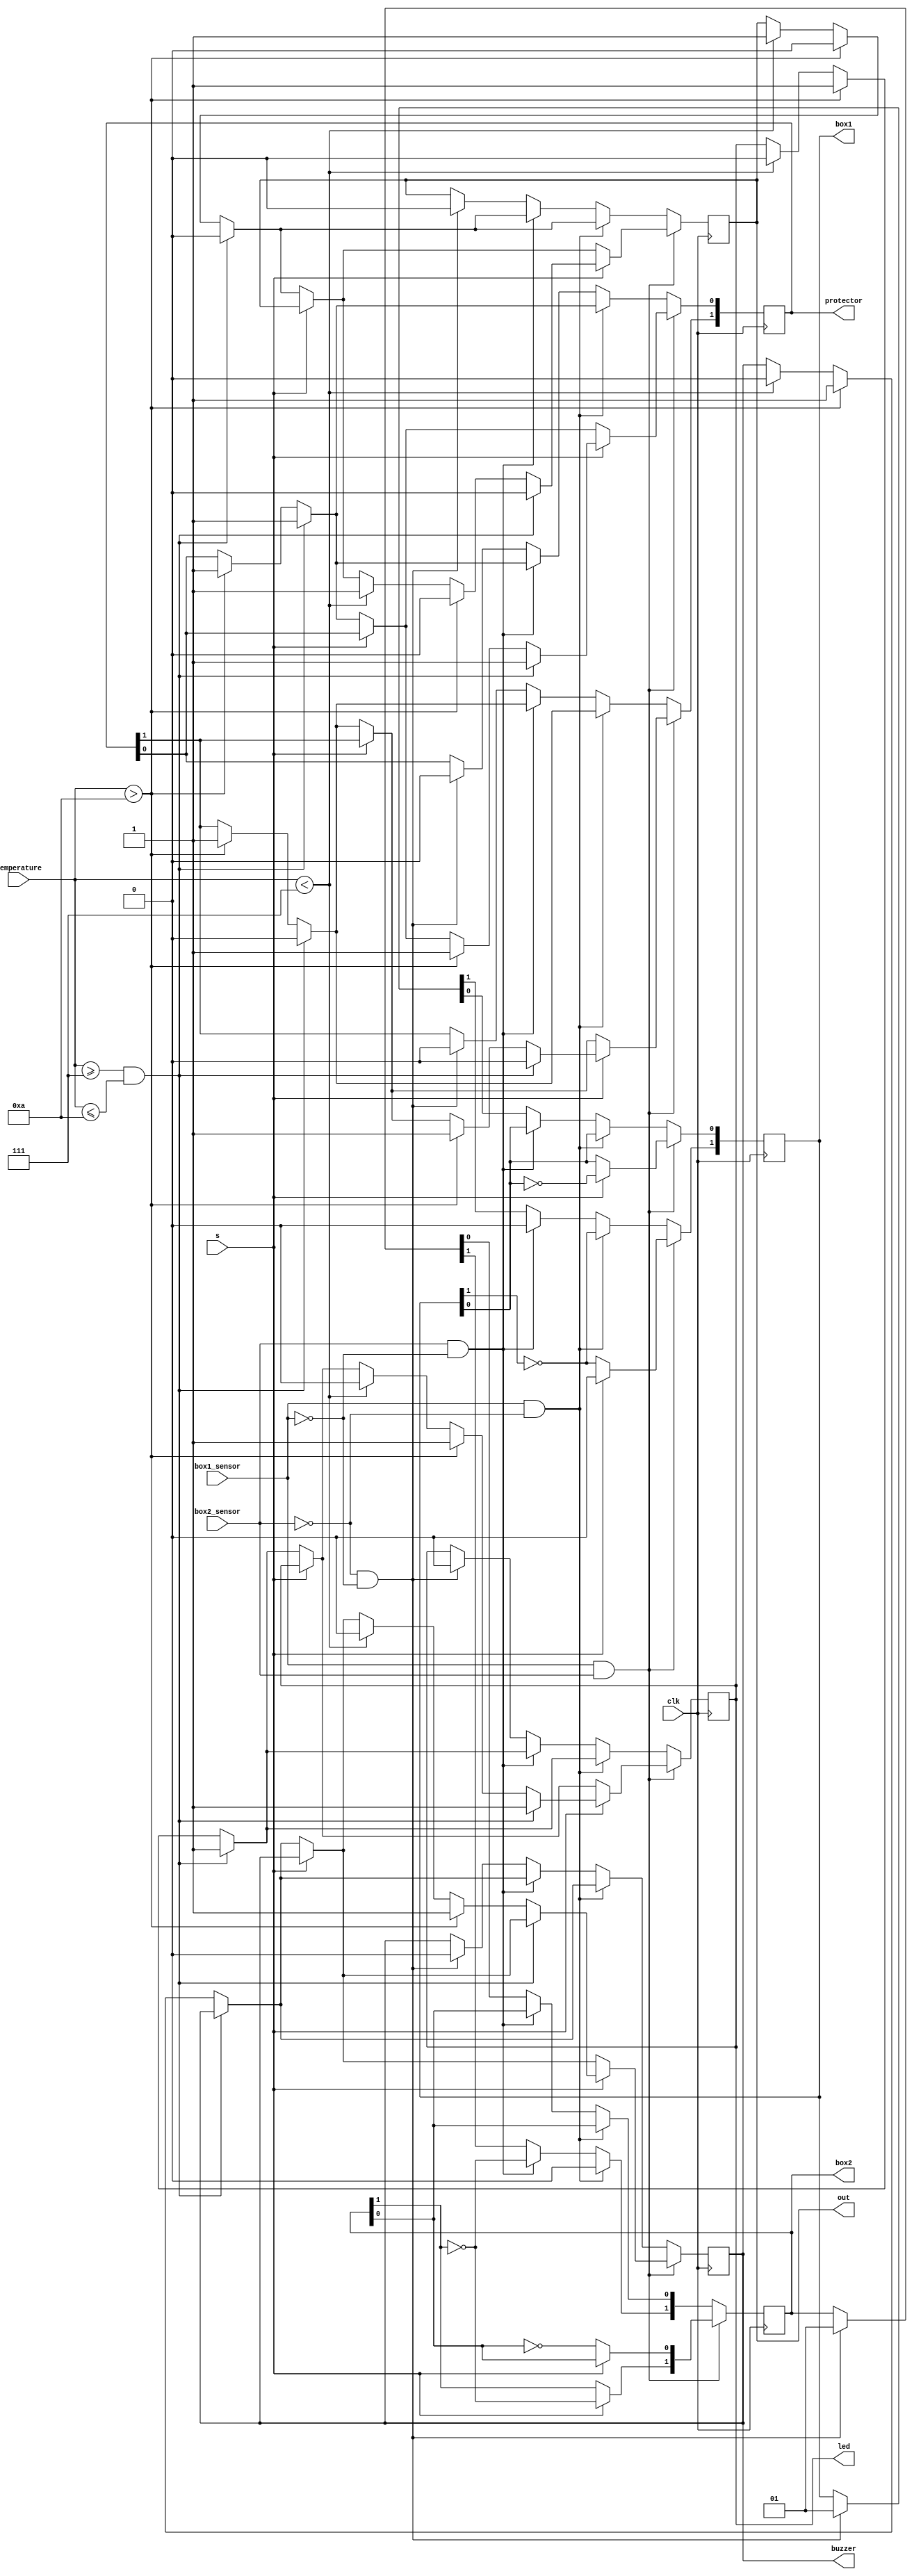
`timescale 1ns / 1ps

module recycling(clk,s,box1,box2,box1_sensor,box2_sensor,protector,temperature,led,buzzer,out);
    input clk; // clock cycle for control the sistem with time
    input s; //control input for multiplexer which is for choicing boxes.
    input box1_sensor, box2_sensor; //  The sensor is used to understand whether the container is full, if the sensor data is 1, the lower cover is opened, 
    //if it is equal to 0, the upper cover is opened.
    output reg [1:0] box1,box2;// every outside box(container) has 2 covers as under and upper.
    input [3:0] temperature;   //temperature sensor 
    reg  cauldron=0; // where the heat treatment is carried out, not output or input.
    output reg[1:0] protector; // cold water bottom protector used to cool the boiler.
    output reg out;     // output cap(kapak) to send the heated substance to the relevant place.
    output reg led;     // controling the temperature.
    output reg buzzer;  // another controling the high temperature.  
    initial begin
    box1=2'b01; // upper cap is open
    box2=2'b01; //upper cap is open
    protector=2'b00;
    out=0;
    led=0;
    buzzer=0;
    end
    
    always @(posedge clk)
    begin
    if(((box1_sensor==1))&&((box2_sensor==1)))
    begin
        box1[0]=~box1[0];
        box2[0]=~box2[0]; 
        
        if(s==0)
        begin
            box1[1]<=1; // bottom cap open
            box2[1]<=0; // bottom cap 
            cauldron<=1;
            // withnin 10 minutes 
            if((temperature >= 7) & (temperature <= 10))    //temperature >= 200 & temperature <= 400
            begin
                led <=1;
                protector[0] <=1; // air condition is satisfying
                protector[1] <=0;
                out <=0; 
            end
            else if(temperature >10)
            begin
                led <=1;
                buzzer <=1;         
                protector[0] <= 1;      
                protector[1] <=1;       // woter condition is satisfying
                out <=0;
            end
            else if(temperature <7)
            begin
                led=0;
                buzzer=0;
                out=1;      // cycle is completed.
                cauldron <=0;
            end
            box1[1]=~box1[1];
            box1[0]=~box1[0];                      
        end
        
        if(s==1)
        begin
            box1[1]<=0;  //box1 is close.
            box2[1]<=1; //box2 is open.
            cauldron<=1;
            // withnin 10 minutes 
            if((temperature >= 7) & (temperature <= 10))
            begin
                led <=1;
                protector[0] <= 1;  //air condition is satisfying.
                protector[1] <= 0;
                out <=0;
            end
            else if(temperature > 10)
            begin
                led <=1;
                buzzer <=1;
                protector[0] <= 1;      //woter condition is satisfying 
                protector[1] <=1;
                out <=0;
            end
            else if(temperature < 7)
            begin
                led=0;
                buzzer=0;
                out=1;
                cauldron <=0;
            end
            box2[1]=~box2[1];
            box2[0]=~box2[0];             
        end
      end
     
      else if((box1_sensor==1) && (box2_sensor==0))
      begin
            box1[1]<=1; // bottom cap open
            box1[0]=~box1[0]; //upper cap close
            box2[1]<=0; // bottom cap 
            cauldron<=1;
            // withnin 10 minutes 
            if((temperature >= 7) & (temperature <= 10))
            begin
                led <=1;
                protector[0] <=1; // air condition is satisfying
                protector[1] <=0;
                out <=0; 
            end
            else if(temperature > 10)
            begin
                led <=1;
                buzzer <=1;         
                protector[0] <= 1;      
                protector[1] <=1;       // woter condition is satisfying
                out <=0;
            end
            else if(temperature < 7)
            begin
                led=0;
                buzzer=0;
                out=1;      // cycle is completed.
                cauldron <=0;
            end
            box1[1]=~box1[1];
            box1[0]=~box1[0];          
      end
      
      else if((box2_sensor==1) && (box1_sensor==0))
      begin
            box1[1]<=0;  //box1 is close.
            box2[1]<=1; //box2 is open.
            box2[0]=~box2[0];
            cauldron<=1;
            // withnin 10 minutes 
            if((temperature >= 7) & (temperature <= 10))
            begin
                led <=1;
                protector[0] <= 1;  //air condition is satisfying.
                protector[1] <= 0;
                out <=0;
            end
            else if(temperature > 10)
            begin
                led <=1;
                buzzer <=1;
                protector[0] <= 1;      //woter condition is satisfying 
                protector[1] <=1;
                out <=0;
            end
            else if(temperature < 7)
            begin
                led=0;
                buzzer=0;
                out=1;
                cauldron <=0;
            end
            box2[1]=~box2[1];
            box2[0]=~box2[0];             
      end
      
      else 
      if((box2_sensor==0) && (box1_sensor==0))
      begin
            led<=0;
            buzzer<=0;
            out<=0;
            cauldron <=0;
            protector<=2'b00;
            box1=2'b01; 
            box2=2'b01;
      end
    end
endmodule